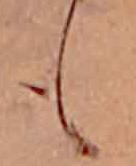
も